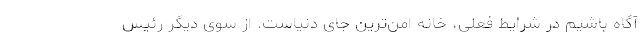
آگاه باشیم در شرایط فعلی، خانه امن‌ترین جای دنیاست. از سوی دیگر رئیس